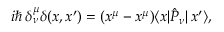
i \hbar \, \delta _ { \nu } ^ { \mu } \delta ( x , x ^ { \prime } ) = ( x ^ { \mu } - x ^ { \mu } ) \langle x | \hat { P } _ { \nu } | \, x ^ { \prime } \rangle ,